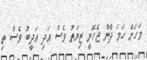
މަހަށް ހަމަ ދާން ޖެހޭނީ ޒިޔަތު ވެސް އަދި އަދީބު ވެސް ތި